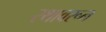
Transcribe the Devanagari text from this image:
रथावरून